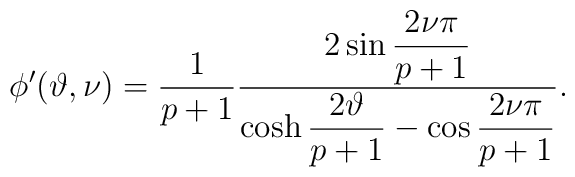
\phi '(\vartheta ,\nu )=\displaystyle\frac{1}{p+1}\displaystyle\frac{2\sin \displaystyle\frac{2\nu \pi }{p+1}}{\cosh \displaystyle\frac{2\vartheta }{p+1}-\cos \displaystyle\frac{2\nu \pi }{p+1}}.